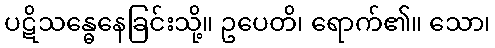
ပဋိသန္ဓေနေခြင်းသို့။ ဥပေတိ၊ ရောက်၏။ သော၊